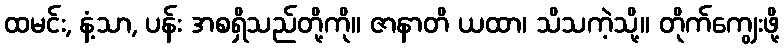
ထမင်း, နံ့သာ, ပန်း အစရှိသည်တို့ကို။ ဇာနာတိ ယထာ၊ သိသကဲ့သို့။ တိုက်ကျွေးဖို့